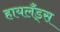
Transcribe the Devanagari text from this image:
हायलँड्स